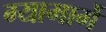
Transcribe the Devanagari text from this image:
ग्यामार्गे